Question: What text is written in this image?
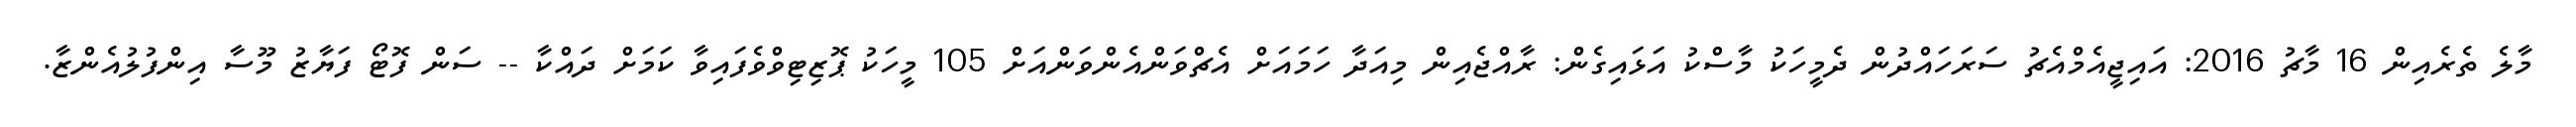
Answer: މާލެ ތެރެއިން 16 މާޗު 2016: އައިޖީއެމްއެޗު ސަރަހައްދުން ދެމީހަކު މާސްކު އަޅައިގެން: ރާއްޖެއިން މިއަދާ ހަމައަށް އެޗްވަންއެންވަންއަށް 105 މީހަކު ޕޮޒިޓިވްވެފައިވާ ކަމަށް ދައްކާ -- ސަން ފޮޓޯ ފަޔާޒު މޫސާ އިންފުލުއެންޒާ.